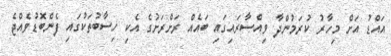
އައްޑު އަށް މިހާރު ކުރަމުންދާ ވިއްސާރައިގައި ބައެއް ރަށްރަށުގެ އެކި ހިސާބުތަކުގައި ފެންބޮޑުވެއްޖެ